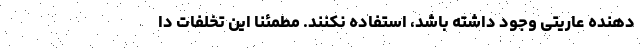
دهنده عاریتی وجود داشته باشد، استفاده نکنند. مطمئنا این تخلفات دا